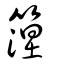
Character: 篞